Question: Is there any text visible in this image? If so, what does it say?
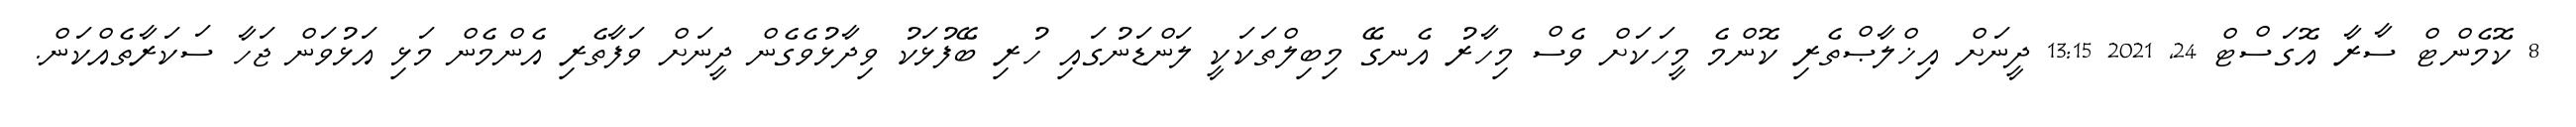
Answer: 8 ކޮމެންޓް ސާރާ އޮގަސްޓް 24, 2021 13:15 ދީނަށް އިޚްލާޞްތެރި ކޮންމެ މީހަކަށް ވެސް މިހާރު އެނގޭ މިބިލްތަކަކީ ލަންޑަނުގައި ހުރި ބޭފުޅަކު ވިދާޅުވެގެން ދީނަށް ވަފާތެރި އެންމެން މަޅި އަޅުވަން ޖަހާ ސަކަރާތެއްކަން.